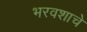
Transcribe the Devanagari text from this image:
भरवशाचे